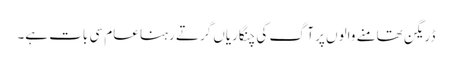
ڈریگن تھامنے والوں پر آگ کی چنگاریاں گرتے رہنا عام سی بات ہے۔